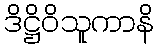
ဒိဋ္ဌိဝိသူကာနိ